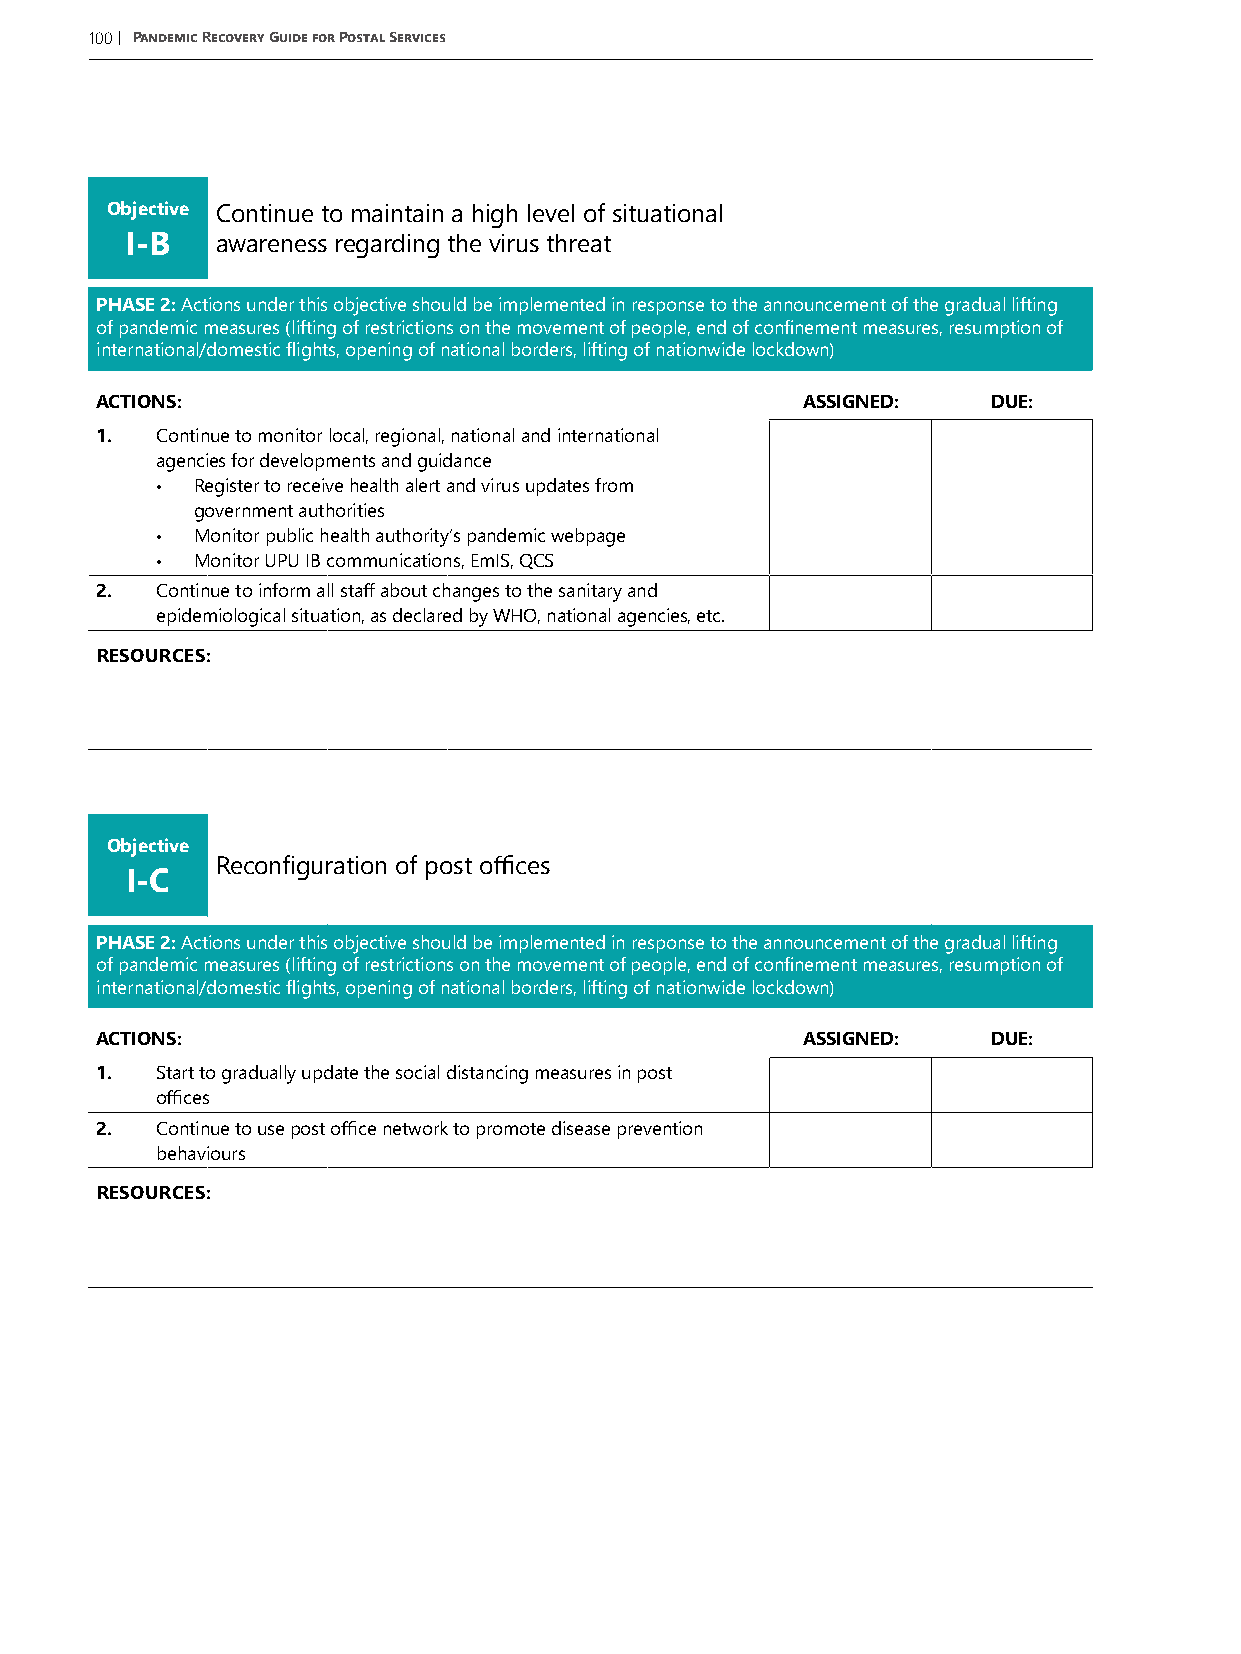
100| Pandemic Recovery Guide for Postal Services
 Objective Continue to maintain a high level of situational
 I-B   awareness regarding the virus threat
 PHASE 2: Actions under this objective should be implemented in response to the announcement of the gradual lifting
 of pandemic measures (lifting of restrictions on the movement of people, end of confinement measures, resumption of
 international/domestic flights, opening of national borders, lifting of nationwide lockdown)
 ACTIONS:                                       ASSIGNED:    DUE:
 1.  Continue to monitor local, regional, national and international
 agencies for developments and guidance
 •  Register to receive health alert and virus updates from
 government authorities
 •  Monitor public health authority’s pandemic webpage
 •  Monitor UPU IB communications, EmIS, QCS
 2.  Continue to inform all staff about changes to the sanitary and
 epidemiological situation, as declared by WHO, national agencies, etc.
 RESOURCES:
 Objective
 Reconfiguration of post offices
 I-C
 PHASE 2: Actions under this objective should be implemented in response to the announcement of the gradual lifting
 of pandemic measures (lifting of restrictions on the movement of people, end of confinement measures, resumption of
 international/domestic flights, opening of national borders, lifting of nationwide lockdown)
 ACTIONS:                                       ASSIGNED:    DUE:
 1.  Start to gradually update the social distancing measures in post
 offices
 2.  Continue to use post office network to promote disease prevention
 behaviours
 RESOURCES: